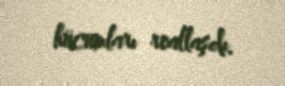
hücumları reallaşdı.